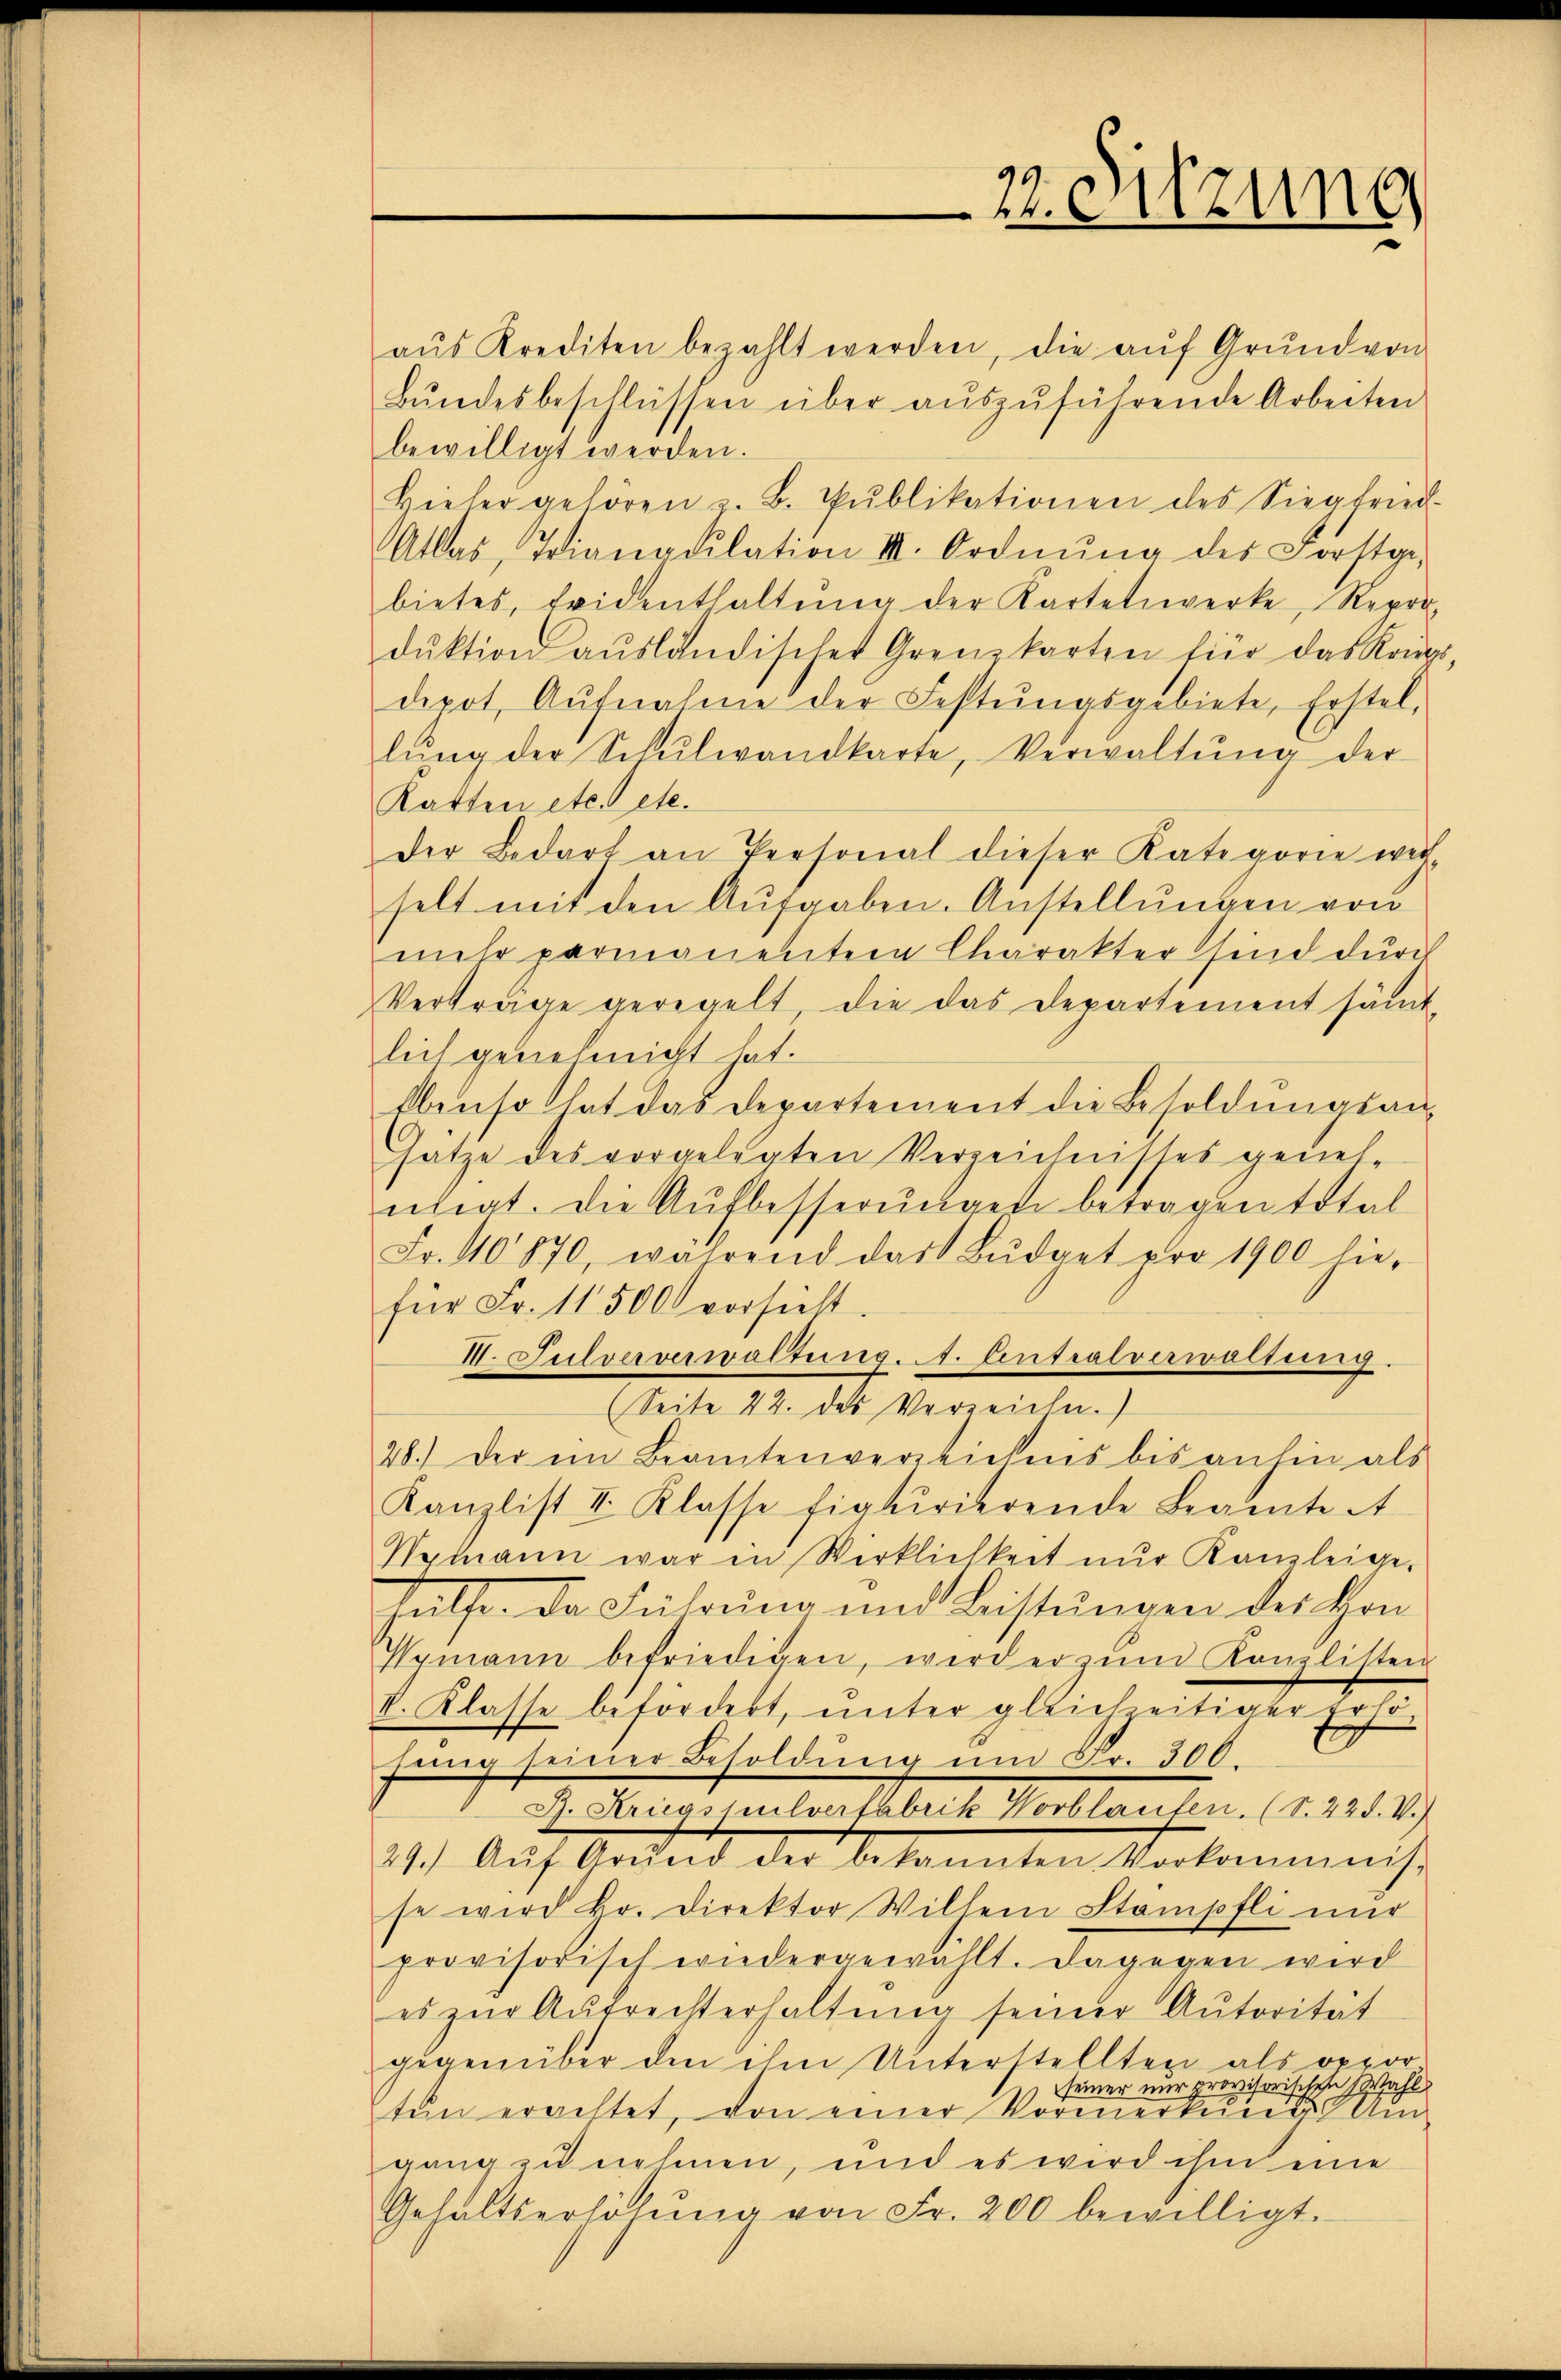
aŭs Krediten bezahlt werden, die aŭf Grŭnd von
Bŭndesbeschlüssen über aŭszŭführende Arbeiten
bewilligt werden.
Hieher gehören z. B. Pŭblikationen des Siegfried-
Atlas, Trianaŭlation III. Ordnŭng des Forstge-
bietes, Fridenthaltŭng der Kartetiwerke, Repro-
dŭktion aŭsländischer Grenzkarten für das Königs,
dipot. Aŭfnahme der Festŭngsgebiete, Erstel,
lŭng der Schŭlwandkarte, Verwaltŭng der
Ratten etc. Pete
der Bedarf an Personal dieser Kategorie wich-
selt mit den Aufgaben. Anstellungen von
mehr permanenten Charakter sind durch
Verträge geregelt, die das Departement sämt
lich genehmigt hat.
Ebenso hat das Departement die Besoldungsansatze des vorgelegten Verzeichnisses genehnigt. Die Aufbesserungen betragen total
Fr. 40870, während das Bŭdget pro 1900 hie-
für Fr. 11500 vorsieht.
III. Sulververwaltung 1. Antralverwaltung.
(Seite 22. des Verzeichen.)
28.) Der ein Beamtenverzeichnis bis anhin als
Kanzlist I. Klasse figurierende Beamte A
Namann war in Werklichkeit nŭr Kanzleige-
hülfe. Da Führung und Beistŭngen des Con
Vymann befriedigen, wird er im Kanzlisten
V. Klasse befordert, unter gleichzeitiger Erhöfŭng seiner Besoldŭng ŭm Fr. 300.
J. Kricashulverfabrik Wortlauten. (S. 22 d. V.)
21.) Auf Grund der bekannten Vorkommnch-
se wird kr. Direktor Willem Stampfli nur
provisorisch wiedergewählt. Dagegen wird
es zŭr Aŭfrechterhaltŭng seiner Autorität
gegenüber den ihm Unterstellten als oppor
seiner nur provisorischehen Wahl
ten erachtet, von einer Vormerkunde Au
gang zu nehmen, und es wird ihm eine
Gehaltserhöhŭng von Fr. 200 bewilligt.

22. Sitzung